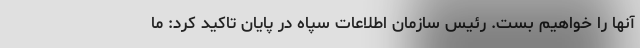
آنها را خواهیم بست. رئیس سازمان اطلاعات سپاه در پایان تاکید کرد: ما